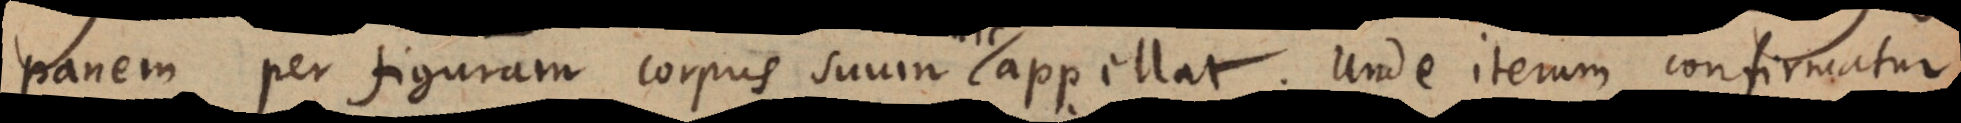
panem per figuram corpus suum appellat. Unde iterum confirmatur